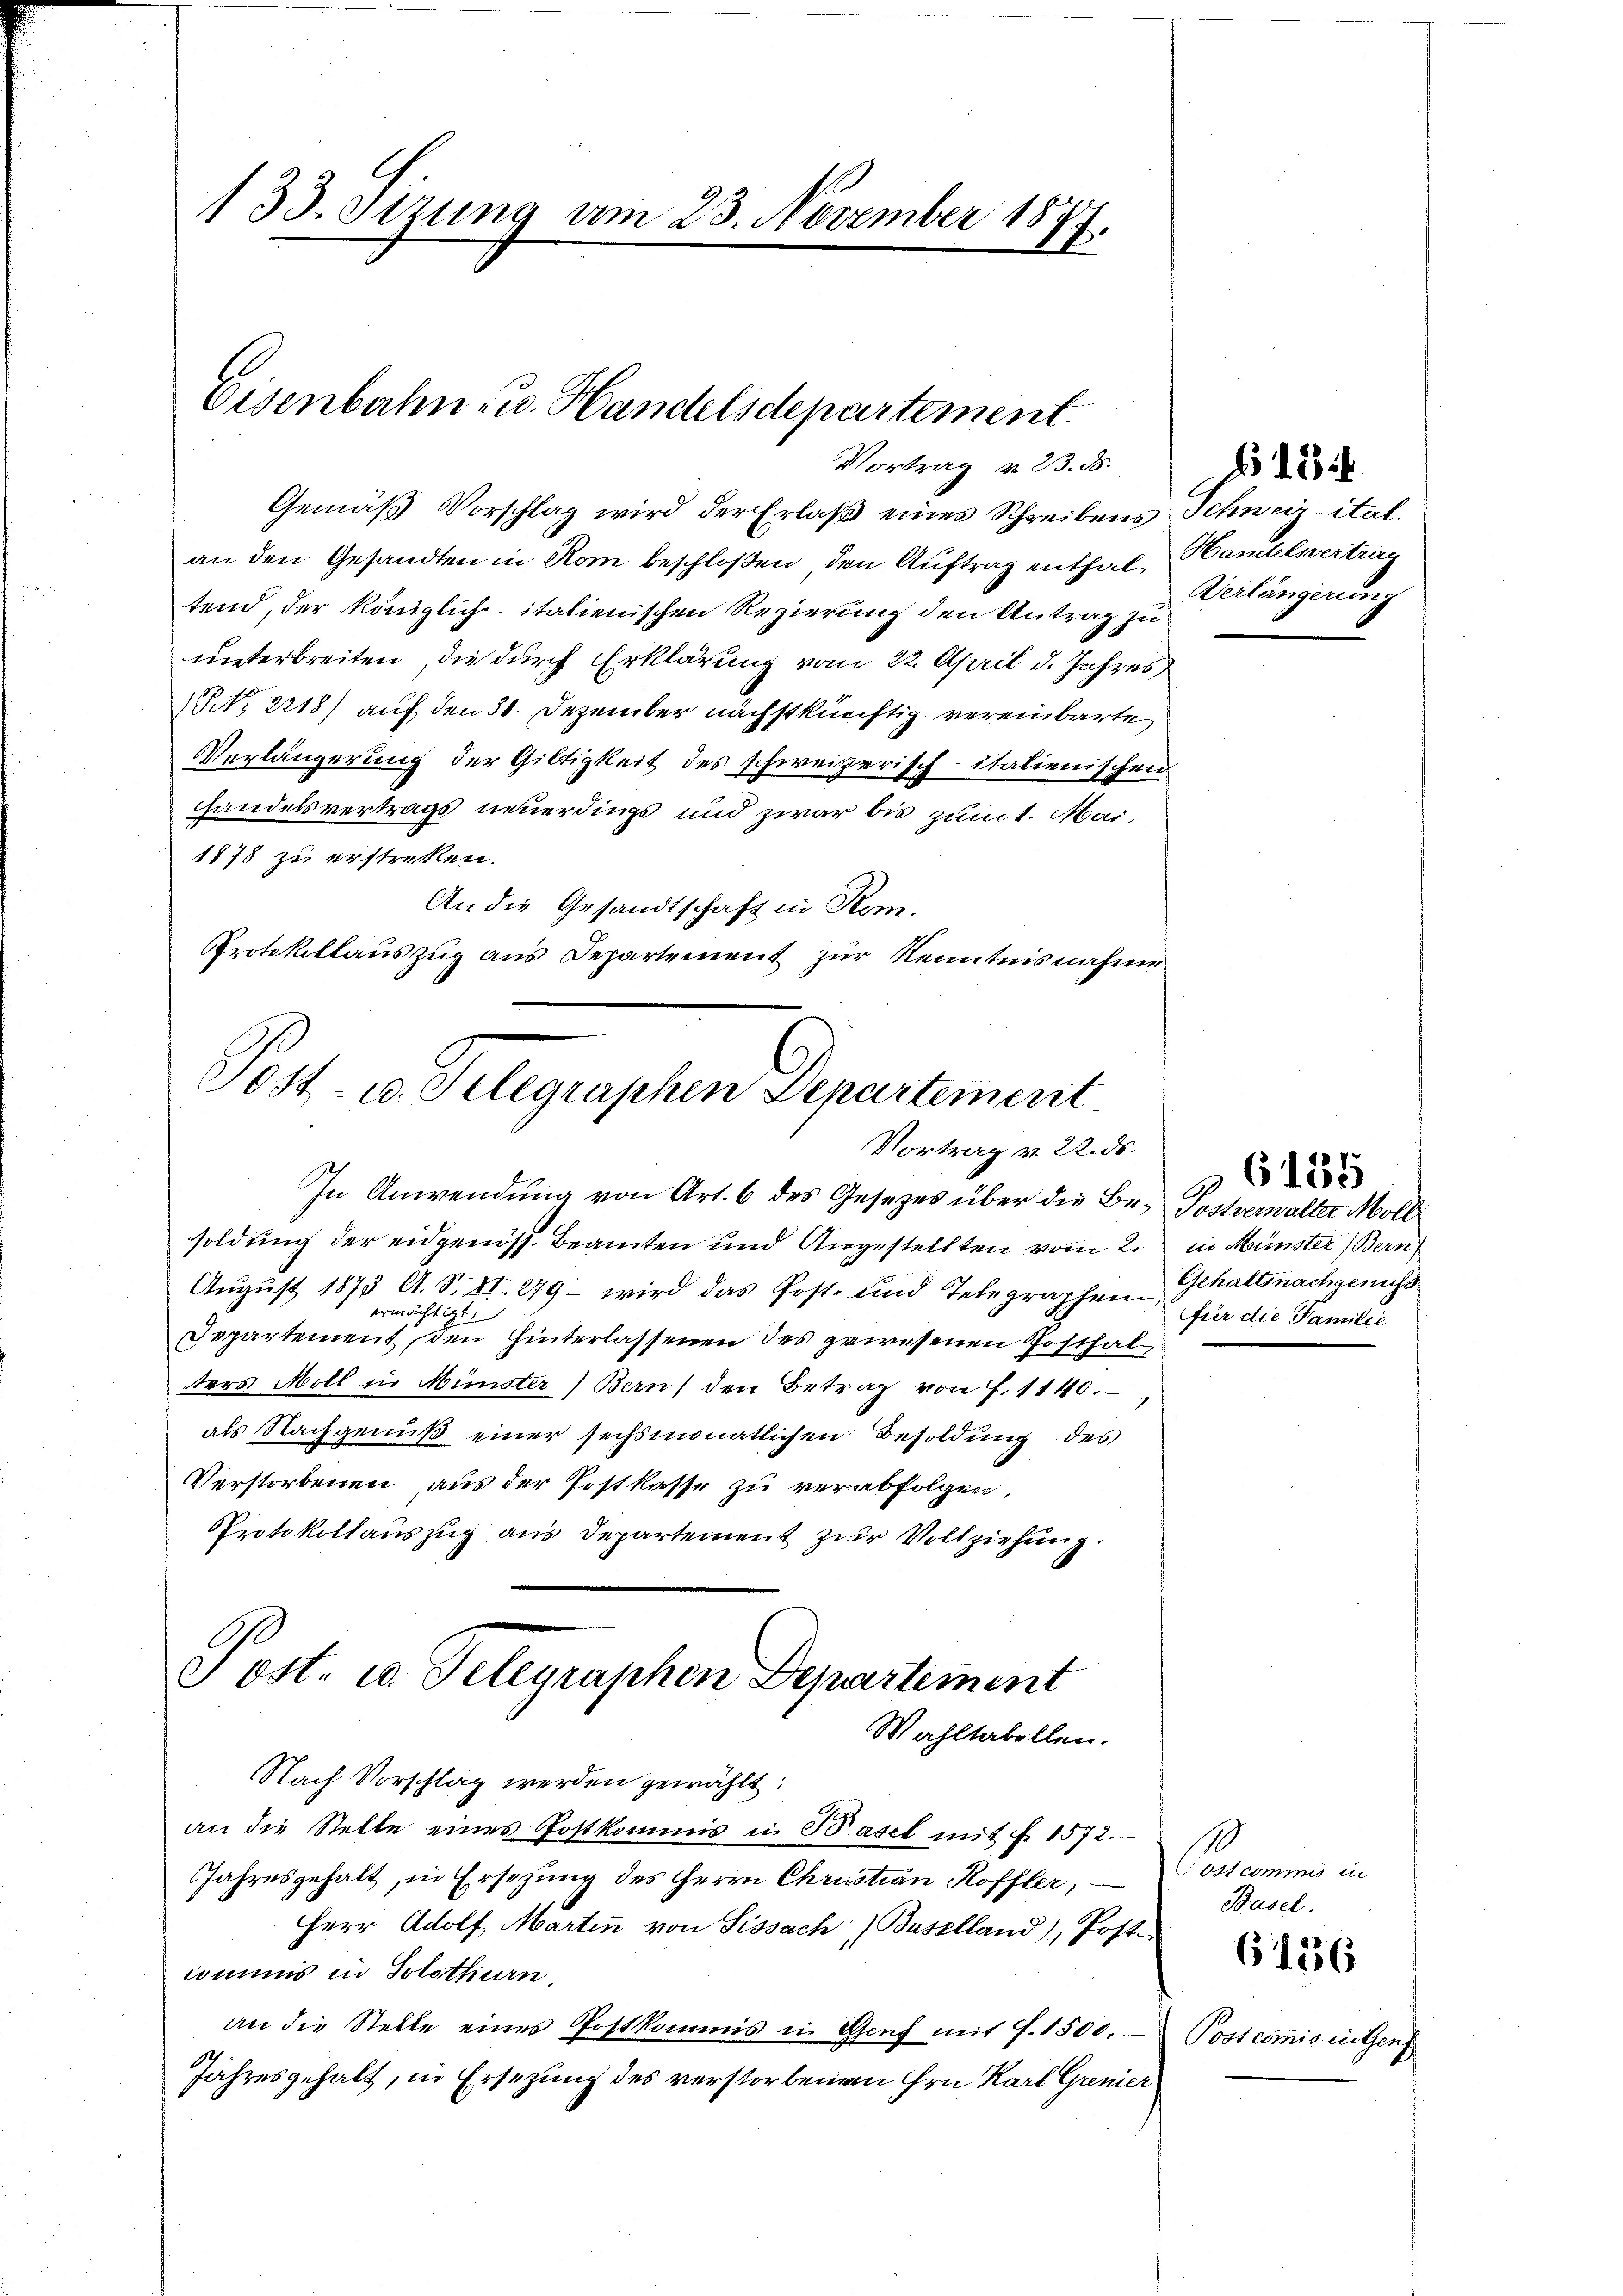
133. Stzung am 23. November 1877.

Eisenbahn- u. Handelsdepartement.
Vortrag v. 23. 85.

Gemäß Vorschlag wird der Erlaß eines Schreibens Schweiz ital.
an den Gesandten in Rom beschloßen, den Auftrag enthal, Handelsvertrag
tend, der königlich-italienischen Regierung den Antrag zu
unterbreiten, die durch Erklärung vom 22. April d. Jahres
NNo. 2218) auf den 31. Dezember nächstkünftig vereinbarte
Verlängerung der Giltigkeit des schweizerisch-italienischen
Handelsvertrags neuerdings und zwar bis zumt. Mai,
1878 zu erstrecken.
An die Gesandtschaft in Rom.
Protokollaŭszŭg ans Departement zur Kenntnisnahme

Post- u. Telegraphen Departement
Vortrag v. 22. ds.
In Anwendung von Art. 6 des Gesetzes über die Be- Postverwalter Moll

soldung der eidgenöss. Beamten und Angestellten vom 2.
August 1873 A. S. VI. 279 – wird das Post- und Telegraphen Gehalt nachgesucht
ermächtigt.
Departement, den Hinterlassenen des gewesenen Posthal
ders Moll in Münster Bern) den Betrag von f. 1140.
als Nachgenuß einer sechsmonatlichen Besoldung des
Verstorbenen aus der Postkasse zu verabfolgen,
Protokollauszug aus Departement zur Vollziehung.
Post- u. Telegraphen Departement
Wahltabellen.

Nach Vorschlag werden gewählt:

an die Stelle eines Postkommis in Basel mit f. 1572.
Jahresgehalt, in Ersezung des Herrn Christian Koffler,
Herr Adolf Marten von Sissach Baselland), Poste
commis in Solothurn,
an die Stelle eines Postkommis in Genf mit 7. 1500.
Jahresgehalt, in Ersezung des verstorbenem Hrn Karl Grenier

Verlängerung

in Münster (Bern
für die Familie

6135

Pontemens in
Basel.

6136

Postcommis in Genf